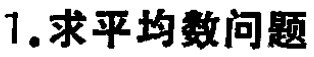
1. 求平均数问题